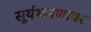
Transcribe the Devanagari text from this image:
सूर्यभ्रमणावर